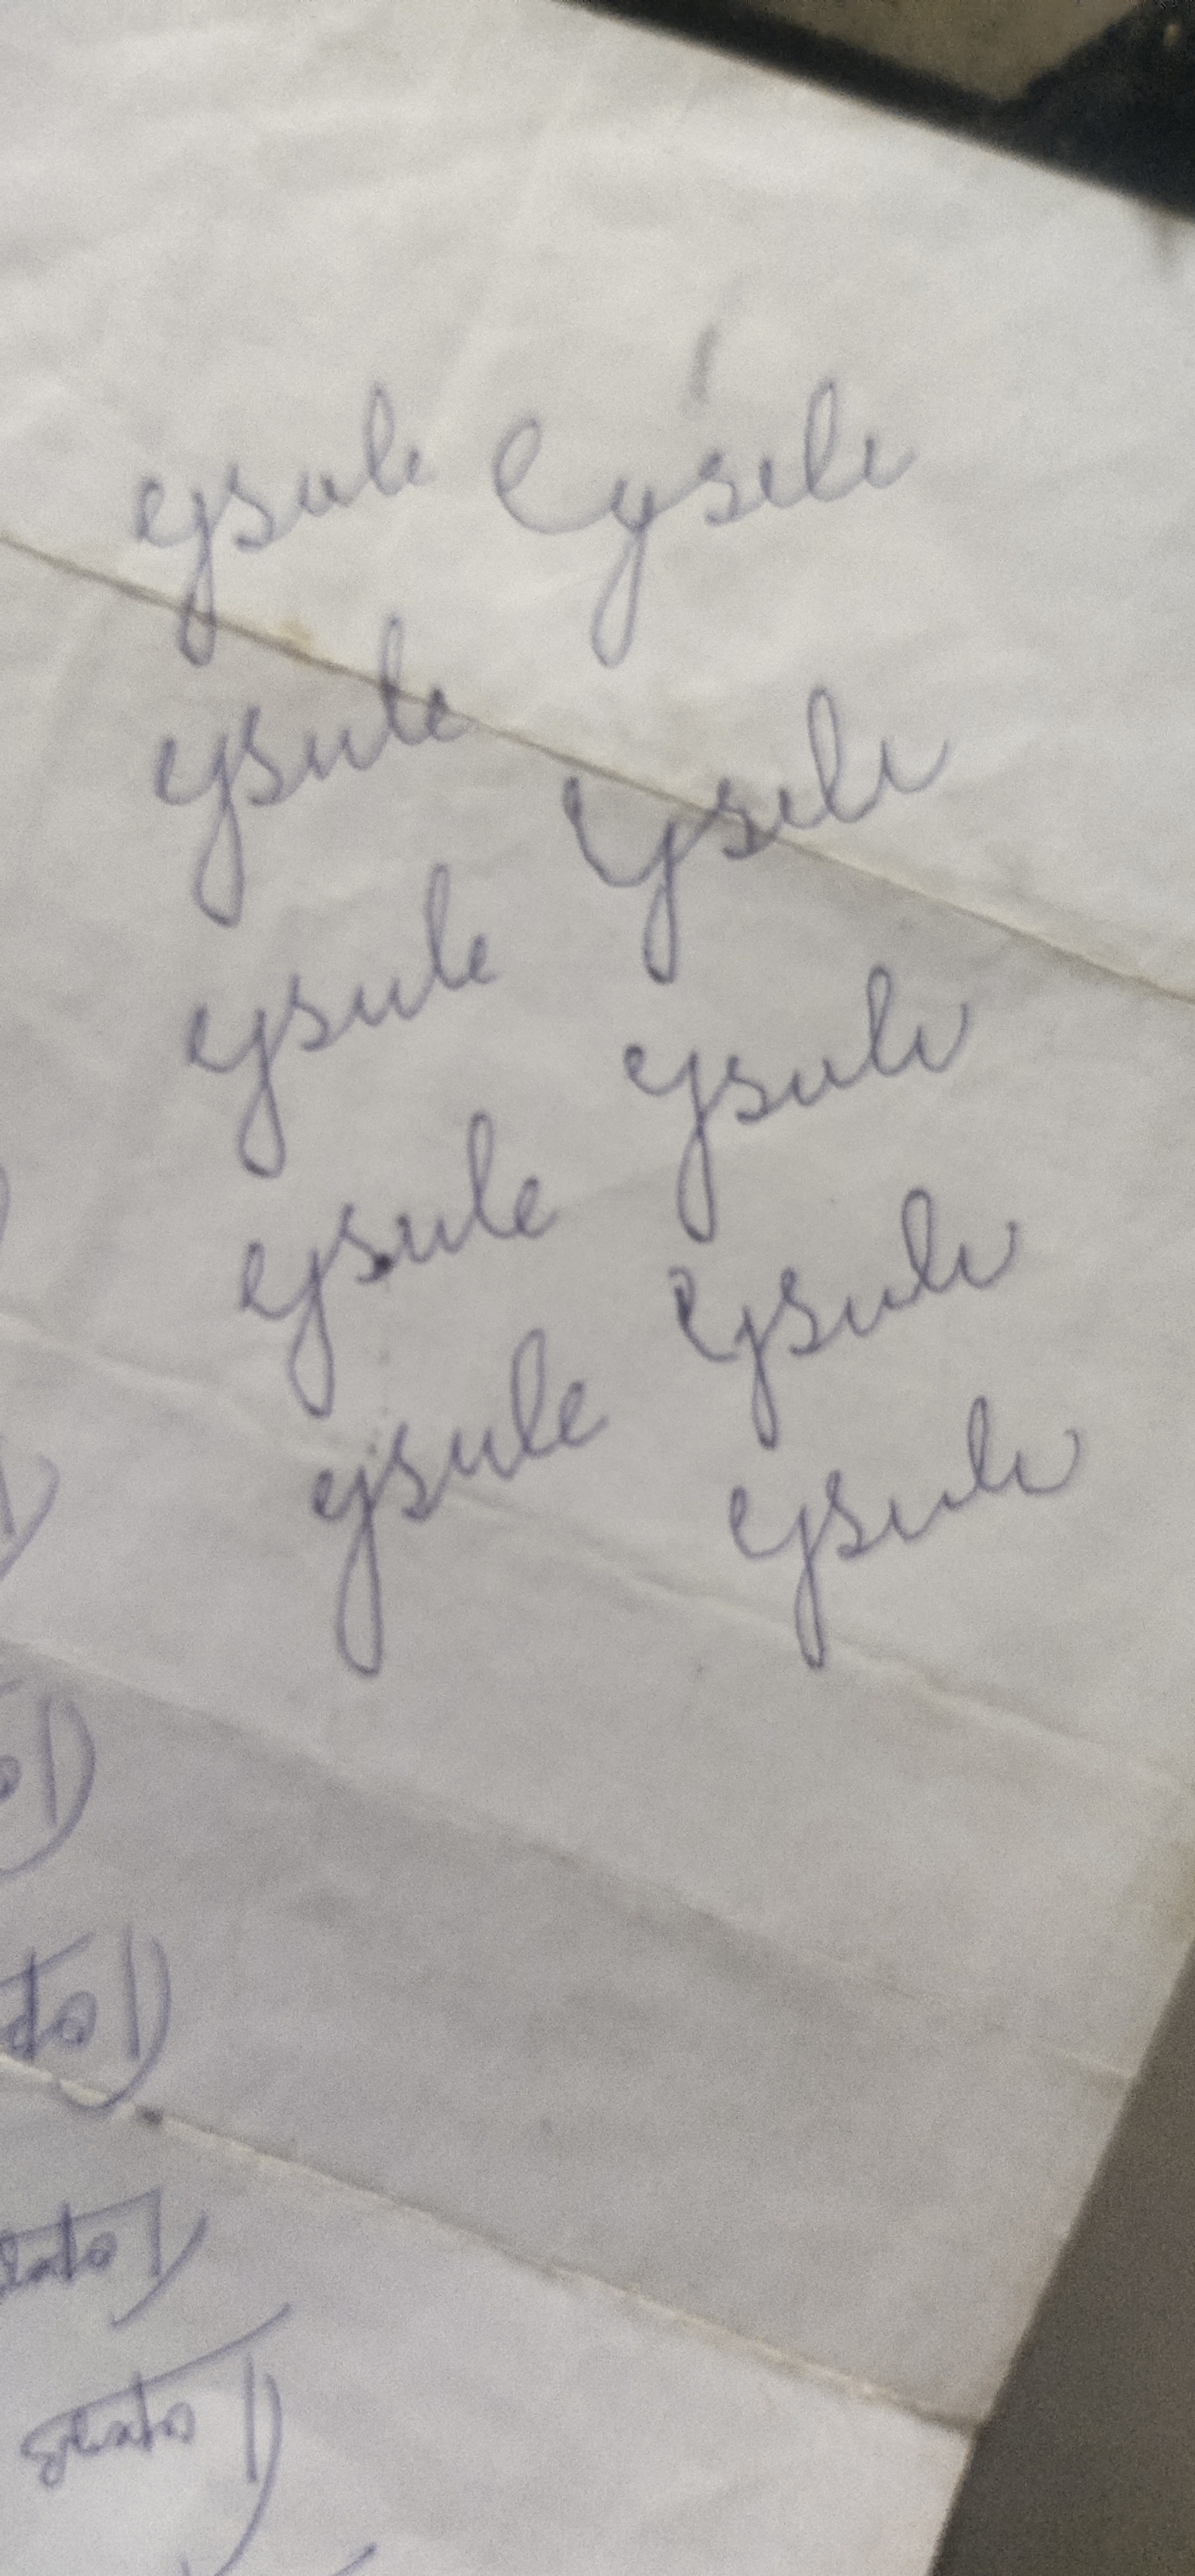
Signature authenticity: forged